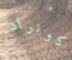
كونراد